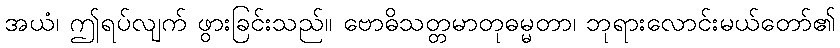
အယံ၊ ဤရပ်လျက် ဖွားခြင်းသည်။ ဗောဓိသတ္တမာတုဓမ္မတာ၊ ဘုရားလောင်းမယ်တော်၏